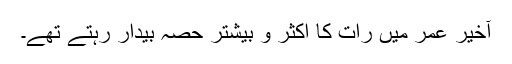
آخیر عمر میں رات کا اکثر و بیشتر حصّہ بیدار رہتے تھے۔